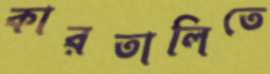
কারতালিতে